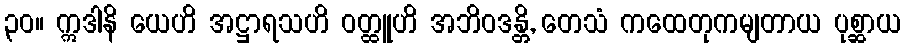
၃၀။ ဣဒါနိ ယေဟိ အဋ္ဌာရသဟိ ဝတ္ထူဟိ အဘိဝဒန္တိ, တေသံ ကထေတုကမျတာယ ပုစ္ဆာယ